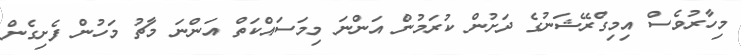
މިހާރުވެސް އިމިގްރޭޝަނުގެ ދަށުން ކުރަމުން އަންނަ މިމަސައްކަތް އަންނަ މާޗު މަހުން ފެށިގެން